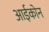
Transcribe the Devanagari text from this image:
आईकोन